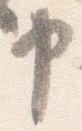
申